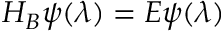
H _ { B } \psi ( \lambda ) = E \psi ( \lambda )